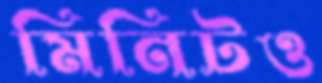
মিনিটও